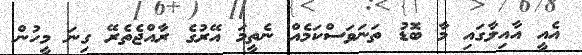
އެއީ އާއިލާގައި މާ ބޮޑު ތަނަވަސްކަމެއް ނެތީމަ އޭރުގެ ރާއްޖެތެރޭ ގިނަ މީހުން